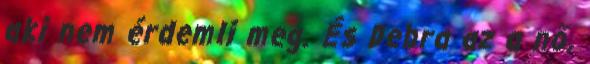
aki nem érdemli meg. És Debra az a nő,